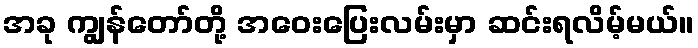
အခု ကျွန်တော်တို့ အဝေးပြေးလမ်းမှာ ဆင်းရလိမ့်မယ်။